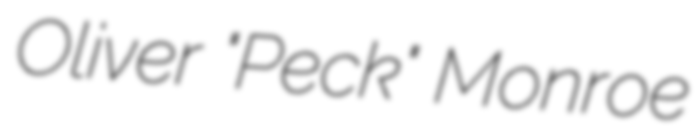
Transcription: Oliver "Peck" Monroe